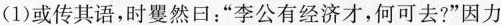
(1)或传其语，时斐然日：”李公有经济才，何可去?”因力